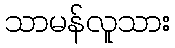
သာမန်လူသား